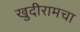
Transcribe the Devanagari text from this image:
खुदीरामचा